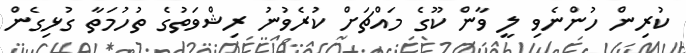
ކުރިން ހުންނެވި ލީ ވާން ކޫގެ މައްޗަށް ކުރެވުނު ރިޝްވަތުގެ ތުހުމަތާ ގުޅިގެން